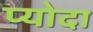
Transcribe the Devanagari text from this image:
प्योदा